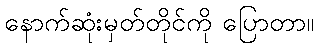
နောက်ဆုံးမှတ်တိုင်ကို ပြောတာ။